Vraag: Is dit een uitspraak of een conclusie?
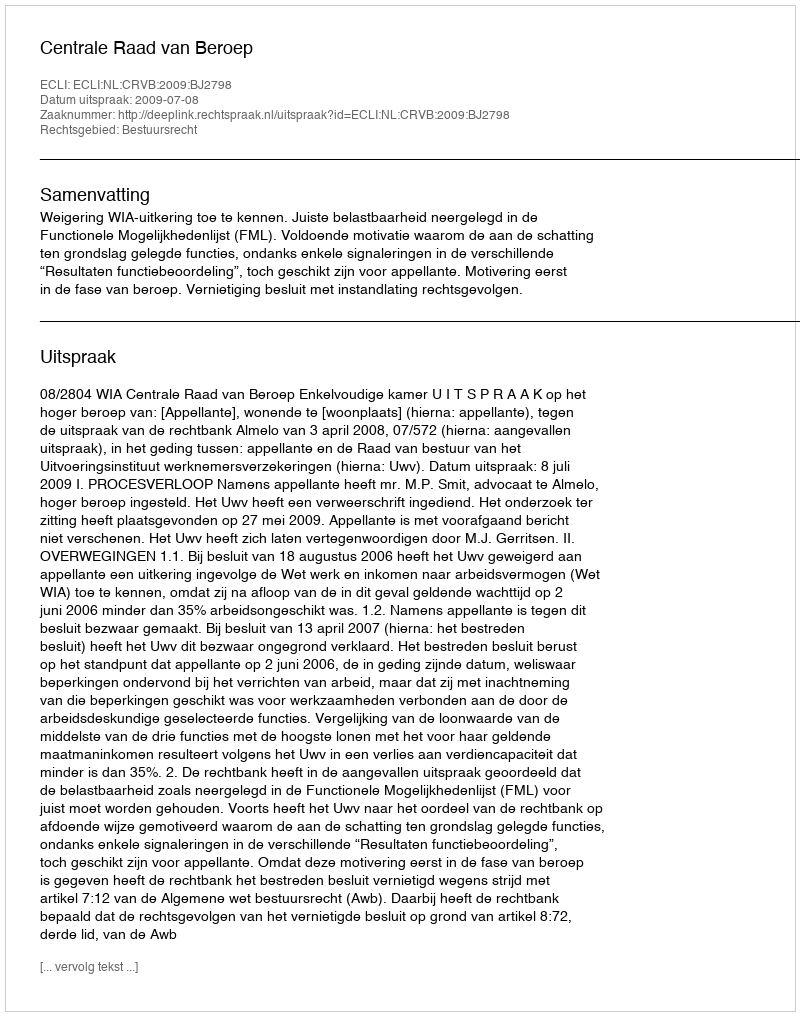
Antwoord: Uitspraak